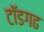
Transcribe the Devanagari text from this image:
टॉडगढ